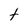
Character: t